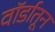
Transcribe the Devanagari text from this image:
वॉर्डातून